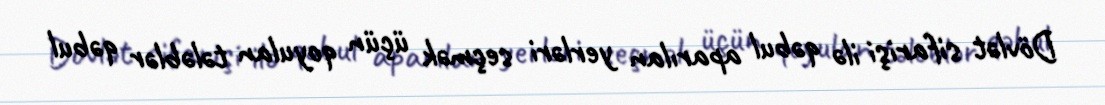
Dövlət sifarişi ilə qəbul aparılan yerləri seçmək üçün qoyulan tələblər qəbul